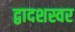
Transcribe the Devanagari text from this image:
द्वादशस्वर